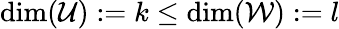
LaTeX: \dim({\mathcal{U}}):=k\leq\dim({\mathcal{W}}):=l